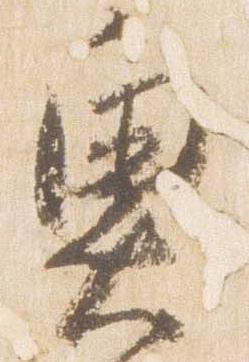
奥